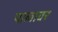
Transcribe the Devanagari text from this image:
पालावर